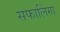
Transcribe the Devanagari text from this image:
सफालिंगा